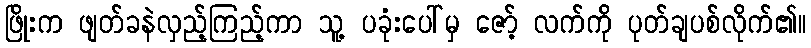
ဖြိုးက ဖျတ်ခနဲလှည့်ကြည့်ကာ သူ့ ပခုံးပေါ်မှ ဇော့် လက်ကို ပုတ်ချပစ်လိုက်၏။